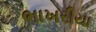
ભાખરીયા